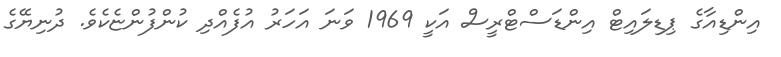
އިންޑިއާގެ ޕިޑިލައިޓް އިންޑަސްޓްރީސް އަކީ 1969 ވަނަ އަހަރު އުފެއްދި ކުންފުންޏެކެވެ. ދުނިޔޭގެ